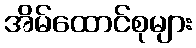
အိမ်ထောင်စုများ